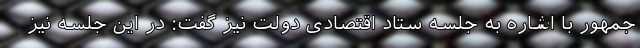
جمهور با اشاره به جلسه ستاد اقتصادی دولت نیز گفت: در این جلسه نیز